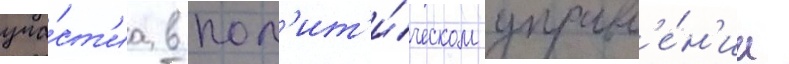
уча́ст'иа в пол'ит'и́ческом управл'е́н'ии